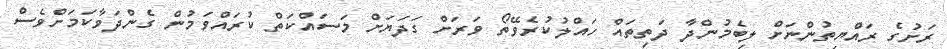
ރަށުގެ ރައްޔިތުންނަށް ލިބެމުންދާ ދަތިތައް ހައްލުކުރެވޭތޯ ވަރަށް ގަދަޔަށް މަސައްކަތް ކުރައްވަމުން ގެންދަވާކަމަށްވެސް